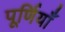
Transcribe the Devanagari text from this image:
पूर्णियाँ